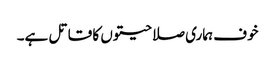
خوف ہماری صلاحیتوں کا قاتل ہے۔